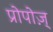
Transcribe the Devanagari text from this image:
प्रोपोज़्